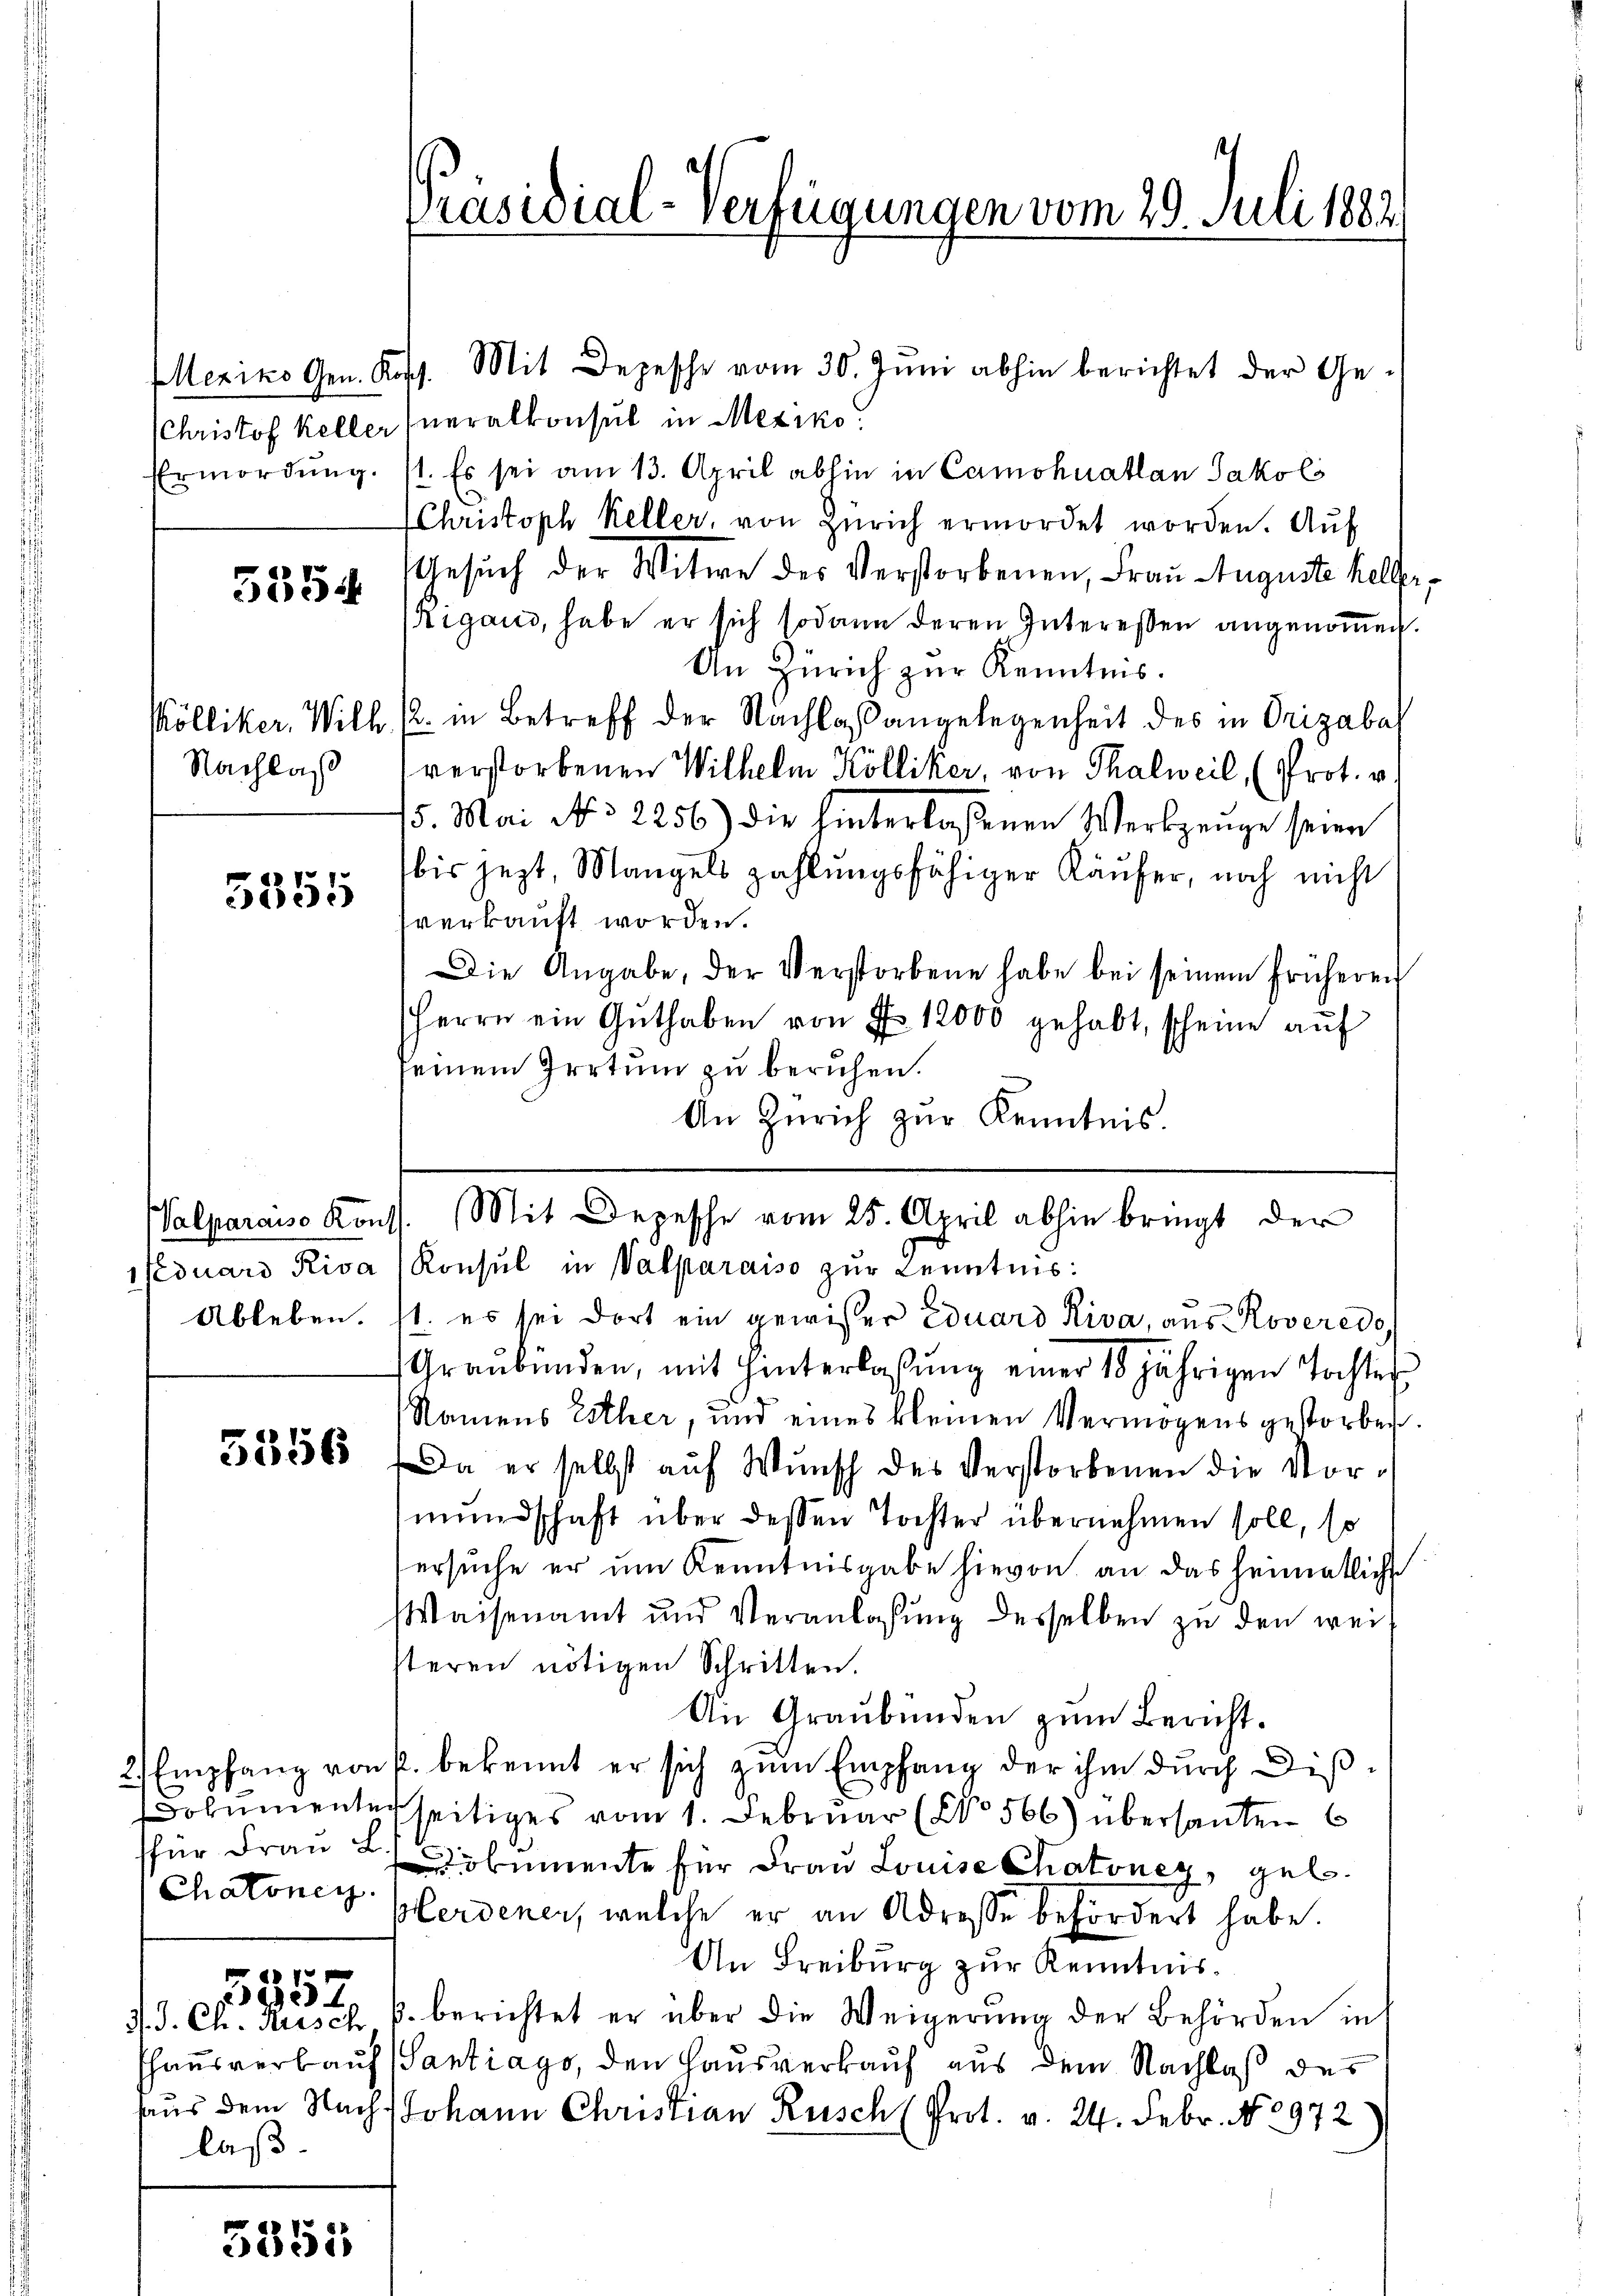
Mexiko Gen. Kosch.

5354

Nachlaß

5355

für Frau L
Chatonen.

3 J. Ch. Rusch
laß

7
234.

5351

Mit Depesche vom 30. Juni abhin berichtet der Ge-
(Christof Keller neralkonsul in Mexiko
Ermordung. I. Es sei am 13. April abhin in Camohuatlan Jakobs
Christoph Keller, von Zürich ermordet worden. Aŭf
Gesuch der Witwe des Verstorbenen, Frau Auguste keller,
Rigand, habe er sich sodann deren Interessen angenommen.
An Zürich zur Kenntnis.
Kölliker. Wilh. s. in Betreff der Nachlaßangelegenheit des in Orizaba
verstorbenen Wilhelm Kölliker, von Thalweil, (Prot. v.
15. Mai No 2256) die hinterlassenen Werkzeuge seien
bis jezt, Mangels zahlungsfähiger Käufer, noch nicht
sverkauft worden.
Die Angabe, der Verstorbene habe bei seinem früheren
Herrn ein Guthaben von No 12000 gehabt, scheine auf
seinem Irrtum zu beruhen.
An Zürich zur Kenntnis.
duard Riva (Konsul in Valparaiso zur Kenntnis:
Ableben. st. es sei dort ein gewisser Eduard Riva, aus Roveredo
Graubünden, mit Hinterlassŭng einer 10 jährigen Tochtes
Namens Esther, und eines kleinen Vermögens gestorbes.
51856. Da er selbst auf Wunsch des Verstorbenen die Vormundschaft über dessen Tochter übernehmen soll, so
ersŭche er um Kenntnisgabe hievon an das heimatliche
Waisenamt und Veranlassung desselben zu den wei
steren nötigen Schritten.
An Graubünden zum Bericht.
2 Empfang von f. bekannt er sich zŭm Empfang der ihm durch Disdocumenterseitiges vom 1. Februar (No 566) übersanten
Dokumente für Frau Louise Chatoney, geb.
pferdener, welche er an Adresse befördert habe.
An Freiburg zur Kenntnisp. berichtet er über die Weigerung der Behörden in
hhausverkauf (Tantiago, den Hausverkauf aus dem Nachlaß des
Aus dem Nach Johann Christian Rusch (Prot. v. 24. Febr. No. 2972

Präsidial-Verfügungen vom 29. Juli 1882

Valparais Kons. Mit Depesche vom 25. April abhin bringt der